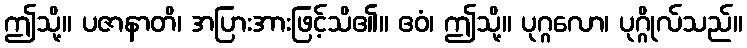
ဤသို့။ ပဇာနာတိ၊ အပြားအားဖြင့်သိ၏။ ဧဝံ၊ ဤသို့။ ပုဂ္ဂလော၊ ပုဂ္ဂိုလ်သည်။